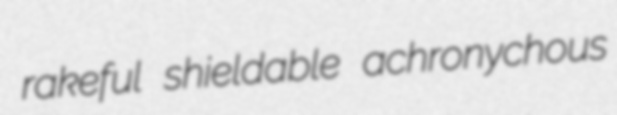
rakeful shieldable achronychous